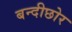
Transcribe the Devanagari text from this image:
बन्दीछोर